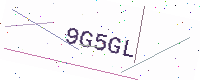
Text: 9G5GL